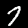
Label: 7